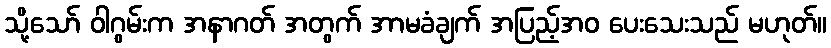
သို့သော် ဝါဂွမ်းက အနာဂတ် အတွက် အာမခံချက် အပြည့်အဝ ပေးသေးသည် မဟုတ်။